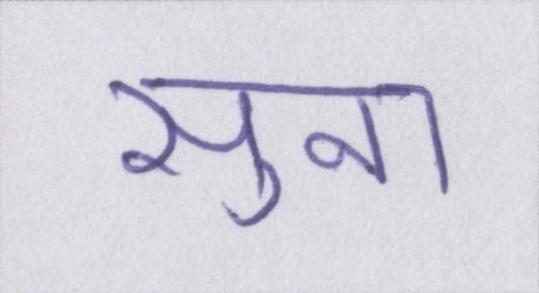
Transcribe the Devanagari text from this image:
सुना